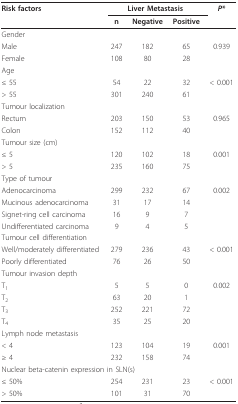
| Risk factors | <COLSPAN=3> Liver Metastasis | P* |
 |  | n | Negative | Positive |  |
 | --- | --- | --- | --- | --- |
 | Gender |  |  |  |  |
 | Male | 247 | 182 | 65 | 0.939 |
 | Female | 108 | 80 | 28 |  |
 | Age |  |  |  |  |
 | ≤ 55 | 54 | 22 | 32 | < 0.001 |
 | > 55 | 301 | 240 | 61 |  |
 | Tumour localization |  |  |  |  |
 | Rectum | 203 | 150 | 53 | 0.965 |
 | Colon | 152 | 112 | 40 |  |
 | Tumour size (cm) |  |  |  |  |
 | ≤ 5 | 120 | 102 | 18 | 0.001 |
 | > 5 | 235 | 160 | 75 |  |
 | Type of tumour |  |  |  |  |
 | Adenocarcinoma | 299 | 232 | 67 | 0.002 |
 | Mucinous adenocarcinoma | 31 | 17 | 14 |  |
 | Signet-ring cell carcinoma | 16 | 9 | 7 |  |
 | Undifferentiated carcinoma | 9 | 4 | 5 |  |
 | Tumour cell differentiation |  |  |  |  |
 | Well/moderately differentiated | 279 | 236 | 43 | < 0.001 |
 | Poorly differentiated | 76 | 26 | 50 |  |
 | Tumour invasion depth |  |  |  |  |
 | T1 | 5 | 5 | 0 | 0.002 |
 | T2 | 63 | 20 | 1 |  |
 | T3 | 252 | 221 | 72 |  |
 | T4 | 35 | 25 | 20 |  |
 | Lymph node metastasis |  |  |  |  |
 | < 4 | 123 | 104 | 19 | 0.001 |
 | ≥ 4 | 232 | 158 | 74 |  |
 | <COLSPAN=5> Nuclear beta-catenin expression in SLN(s) |
 | ≤ 50% | 254 | 231 | 23 | < 0.001 |
 | > 50% | 101 | 31 | 70 |  |